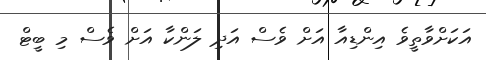
އަކަށްވާތީވެ އިންޑިއާ އަށް ވެސް އަދި ލަންކާ އަށް ވެސް މި ބީޓް